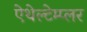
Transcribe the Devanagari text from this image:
ऐथेल्टेम्प्लर